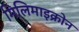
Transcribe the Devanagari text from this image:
मिलिमाइक्रोन